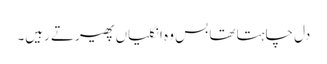
دل چاہتا تھا بس وہ انگلیاں پھیرتے رہیں۔